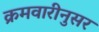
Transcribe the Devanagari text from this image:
क्रमवारीनुसर